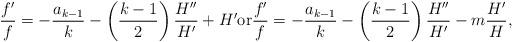
LaTeX: \begin{align*} \frac{f'}{f} = - \frac{a_{k-1}}k - \left( \frac{k-1}2 \right) \frac{H''}{H'} + H' \hbox{or} \frac{f'}{f} = - \frac{a_{k-1}}k - \left( \frac{k-1}2 \right) \frac{H''}{H'} - m \frac{H'}{H} ,\end{align*}